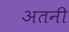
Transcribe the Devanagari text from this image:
अतनी